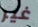
غير